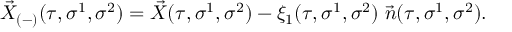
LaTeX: \vec { X } _ { ( - ) } ( \tau , \sigma ^ { 1 } , \sigma ^ { 2 } ) = \vec { X } ( \tau , \sigma ^ { 1 } , \sigma ^ { 2 } ) - \xi _ { 1 } ( \tau , \sigma ^ { 1 } , \sigma ^ { 2 } ) \; \vec { n } ( \tau , \sigma ^ { 1 } , \sigma ^ { 2 } ) .